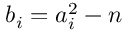
b _ { i } = a _ { i } ^ { 2 } - n